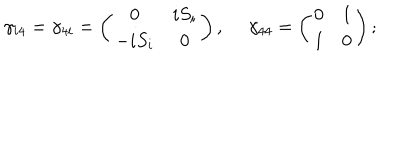
LaTeX: \gamma _ { i 4 } = \gamma _ { 4 i } = \left( \begin{matrix} { { 0 } } & { { i S _ { i } } } \\ { { - i S _ { i } } } & { { 0 } } \\ \end{matrix} \right) , \ \gamma _ { 4 4 } = \left( \begin{matrix} { { 0 } } & { { 1 } } \\ { { 1 } } & { { 0 } } \\ \end{matrix} \right) ;